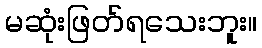
မဆုံးဖြတ်ရသေးဘူး။